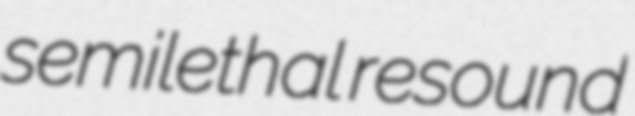
semilethal resound